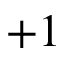
+ 1